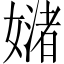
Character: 𪦜